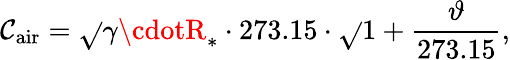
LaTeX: \mathcal{C}_{\mathrm{{air}}}={\sqrt{}{{\gamma\cdotR_{*}\cdot273.15}}}\cdot{\sqrt{}{{1+{\frac{{\vartheta}}{{273.15}}}}}},